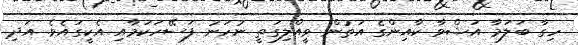
ހިގާ ބަލަމާ އަޝްވާ ކާއިންގެ އަތުން ވީއްލިގަތީ ނުހަނު ފަސޭހަކަމާއި އެކީގައެވެ. އަދި